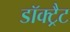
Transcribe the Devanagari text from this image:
डॉक्ट्रैट